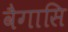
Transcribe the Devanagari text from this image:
वैगासि